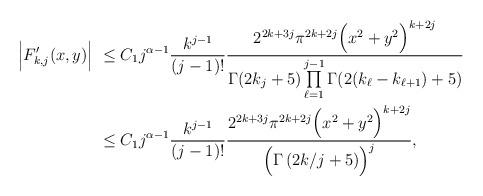
LaTeX: \begin{align*}\Big| F'_{k,j}(x,y) \Big| &\leq C_1 j^{\alpha -1} \frac{k^{j-1}}{(j-1)!} \frac{2^{2k+3j}\pi^{2k+2j} \Bigl(x^2+y^2\Bigr)^{k+2j}}{\Gamma(2k_j+5)\prod\limits_{\ell = 1}^{j-1} \Gamma(2 (k_{\ell}-k_{\ell+1})+5)} \\ &\leq C_1 j^{\alpha -1} \frac{k^{j-1}}{(j-1)!} \frac{2^{2k+3j}\pi^{2k+2j} \Bigl(x^2+y^2\Bigr)^{k+2j} }{\Bigl( \Gamma \left( 2 k/j +5\right) \Bigr)^j},\end{align*}